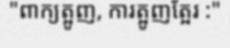
"ពាក្យត្អូញ, ការត្អូញត្អែរ :"